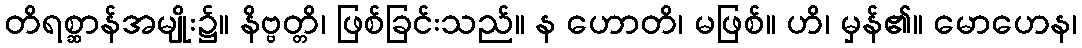
တိရစ္ဆာန်အမျိုး၌။ နိဗ္ဗတ္တိ၊ ဖြစ်ခြင်းသည်။ န ဟောတိ၊ မဖြစ်။ ဟိ၊ မှန်၏။ မောဟေန၊